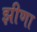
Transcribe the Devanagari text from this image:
झीणा